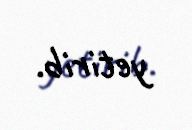
yetirib.